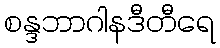
စန္ဒဘာဂါနဒီတီရေ